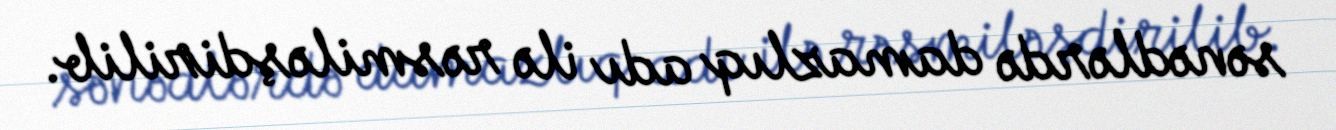
sənədlərdə damazlıq adı ilə rəsmiləşdirilib.